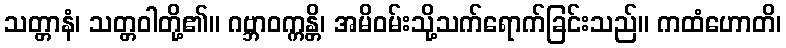
သတ္တာနံ၊ သတ္တဝါတို့၏။ ဂဗ္ဘာဝက္ကန္တိ၊ အမိဝမ်းသို့သက်ရောက်ခြင်းသည်။ ကထံဟောတိ၊